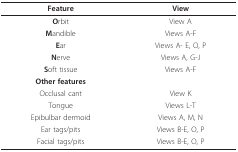
<table><thead><tr><td><b>Feature</b></td><td><b>View</b></td></tr></thead><tbody><tr><td><b>O</b>rbit</td><td>View A</td></tr><tr><td><b>M</b>andible</td><td>Views A-F</td></tr><tr><td><b>E</b>ar</td><td>Views A- E, O, P</td></tr><tr><td><b>N</b>erve</td><td>Views A, G-J</td></tr><tr><td><b>S</b>oft tissue</td><td>Views A-F</td></tr><tr><td><b>Other features</b></td><td></td></tr><tr><td>Occlusal cant</td><td>View K</td></tr><tr><td>Tongue</td><td>Views L-T</td></tr><tr><td>Epibulbar dermoid</td><td>Views A, M, N</td></tr><tr><td>Ear tags/pits</td><td>Views B-E, O, P</td></tr><tr><td>Facial tags/pits</td><td>Views B-E, O, P</td></tr></tbody></table>